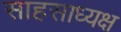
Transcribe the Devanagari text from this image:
साहसाध्यक्ष